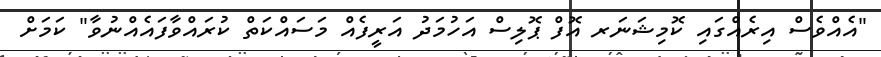
"އެއްވެސް އިރެއްގައި ކޮމިޝަނަރ އޮފް ޕޮލިސް އަހުމަދު އަރީފެއް މަސައްކަތް ކުރައްވާފައެއްނުވާ" ކަމަށް